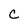
Character: C